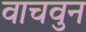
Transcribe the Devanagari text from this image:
वाचवुन